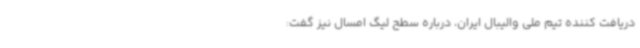
دریافت کننده تیم ملی والیبال ایران، درباره سطح لیگ امسال نیز گفت: